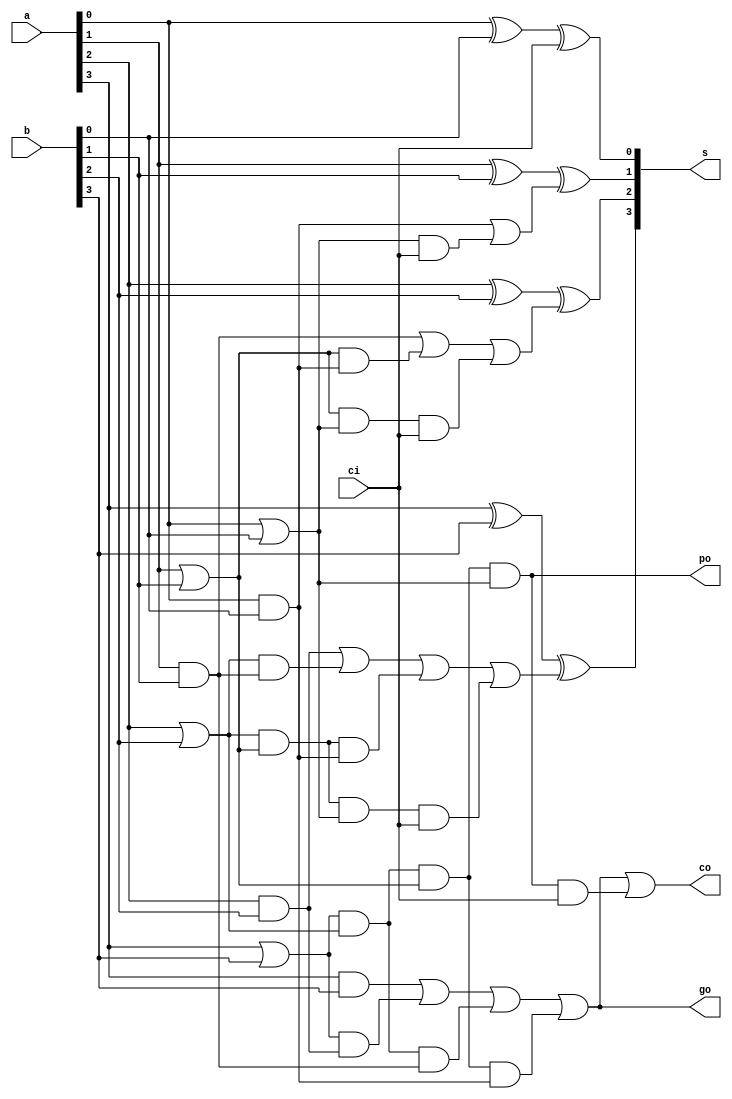
// Component Name   : cla4
// Component Version: 
// Release Type     : 
//  ------------------------------------------------------------------------

// 
// Release version :  
// File Version    :  
// Revision: 
//
//
// Abstract: 4 bit carry-lookahead adder

module cla4 #(
    parameter COEN = 1
)(
    input   [3  :0]     a,   
    input   [3  :0]     b,   
    input               ci,   
    output  [3  :0]     s,   
    output              po,   
    output              go,   
    output              co   

);
    wire     [3  :0]     p;
    wire     [3  :0]     g;
    wire     [3  :0]     c;

    genvar i;
    generate
        for(i = 0; i < 4; i=i+1) begin: gen_cla4
            assign p[i] = a[i] | b[i];
            assign g[i] = a[i] & b[i];
            assign s[i] = a[i] ^ b[i] ^ c[i];
        end
    endgenerate

    assign c[0] = ci;
    assign c[1] = g[0] | (p[0] & c[0]);
    assign c[2] = g[1] | (p[1] & g[0]) | (p[1] & p[0] & c[0]);
    assign c[3] = g[2] | (p[2] & g[1]) | (p[2] & p[1] & g[0]) | (p[2] & p[1] & p[0] & c[0]);
    assign po = p[3] & p[2] & p[1] & p[0];
    assign go = g[3] | (p[3] & g[2]) | (p[3] & p[2] & g[1]) | (p[3] & p[2] & p[1] & g[0]);
    generate
        if(COEN == 1) begin
            // TODO: '5 input and gate' is not acceptable by backend process
            assign co = go | (po & c[0]);
        end
        else begin
            assign co = 0;
        end
    endgenerate
endmodule